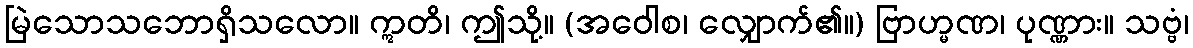
မြဲသောသဘောရှိသလော။ ဣတိ၊ ဤသို့။ (အဝေါစ၊ လျှောက်၏။) ဗြာဟ္မဏ၊ ပုဏ္ဏား။ သဗ္ဗံ၊